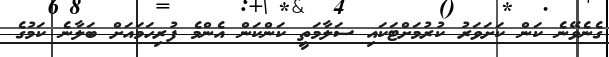
ގެނެވޭނެ ކަން ކަށަވަރު ކުރުމަށްޓަކައި ސަލާމަތީ ކަންކަން އެންމެ ފުރިހަމައަށް ބަލާނެ ކަމުގެ